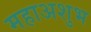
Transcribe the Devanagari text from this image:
महाअशुभ